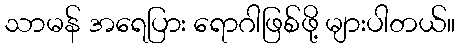
သာမန် အရေပြား ရောဂါဖြစ်ဖို့ များပါတယ်။